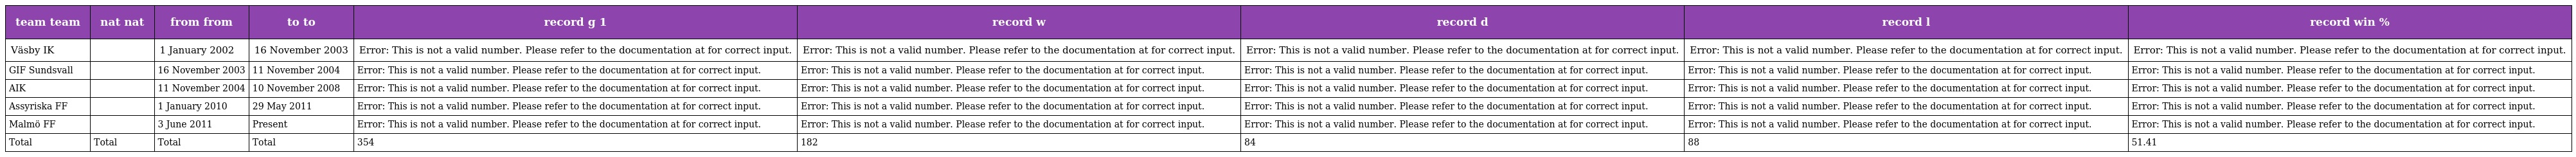
| team team | nat nat | from from | to to | record g 1 | record w | record d | record l | record win % |
 | --- | --- | --- | --- | --- | --- | --- | --- | --- |
 | Väsby IK |  | 1 January 2002 | 16 November 2003 | Error: This is not a valid number. Please refer to the documentation at for correct input. | Error: This is not a valid number. Please refer to the documentation at for correct input. | Error: This is not a valid number. Please refer to the documentation at for correct input. | Error: This is not a valid number. Please refer to the documentation at for correct input. | Error: This is not a valid number. Please refer to the documentation at for correct input. |
 | GIF Sundsvall |  | 16 November 2003 | 11 November 2004 | Error: This is not a valid number. Please refer to the documentation at for correct input. | Error: This is not a valid number. Please refer to the documentation at for correct input. | Error: This is not a valid number. Please refer to the documentation at for correct input. | Error: This is not a valid number. Please refer to the documentation at for correct input. | Error: This is not a valid number. Please refer to the documentation at for correct input. |
 | AIK |  | 11 November 2004 | 10 November 2008 | Error: This is not a valid number. Please refer to the documentation at for correct input. | Error: This is not a valid number. Please refer to the documentation at for correct input. | Error: This is not a valid number. Please refer to the documentation at for correct input. | Error: This is not a valid number. Please refer to the documentation at for correct input. | Error: This is not a valid number. Please refer to the documentation at for correct input. |
 | Assyriska FF |  | 1 January 2010 | 29 May 2011 | Error: This is not a valid number. Please refer to the documentation at for correct input. | Error: This is not a valid number. Please refer to the documentation at for correct input. | Error: This is not a valid number. Please refer to the documentation at for correct input. | Error: This is not a valid number. Please refer to the documentation at for correct input. | Error: This is not a valid number. Please refer to the documentation at for correct input. |
 | Malmö FF |  | 3 June 2011 | Present | Error: This is not a valid number. Please refer to the documentation at for correct input. | Error: This is not a valid number. Please refer to the documentation at for correct input. | Error: This is not a valid number. Please refer to the documentation at for correct input. | Error: This is not a valid number. Please refer to the documentation at for correct input. | Error: This is not a valid number. Please refer to the documentation at for correct input. |
 | Total | Total | Total | Total | 354 | 182 | 84 | 88 | 51.41 |